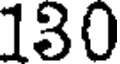
130